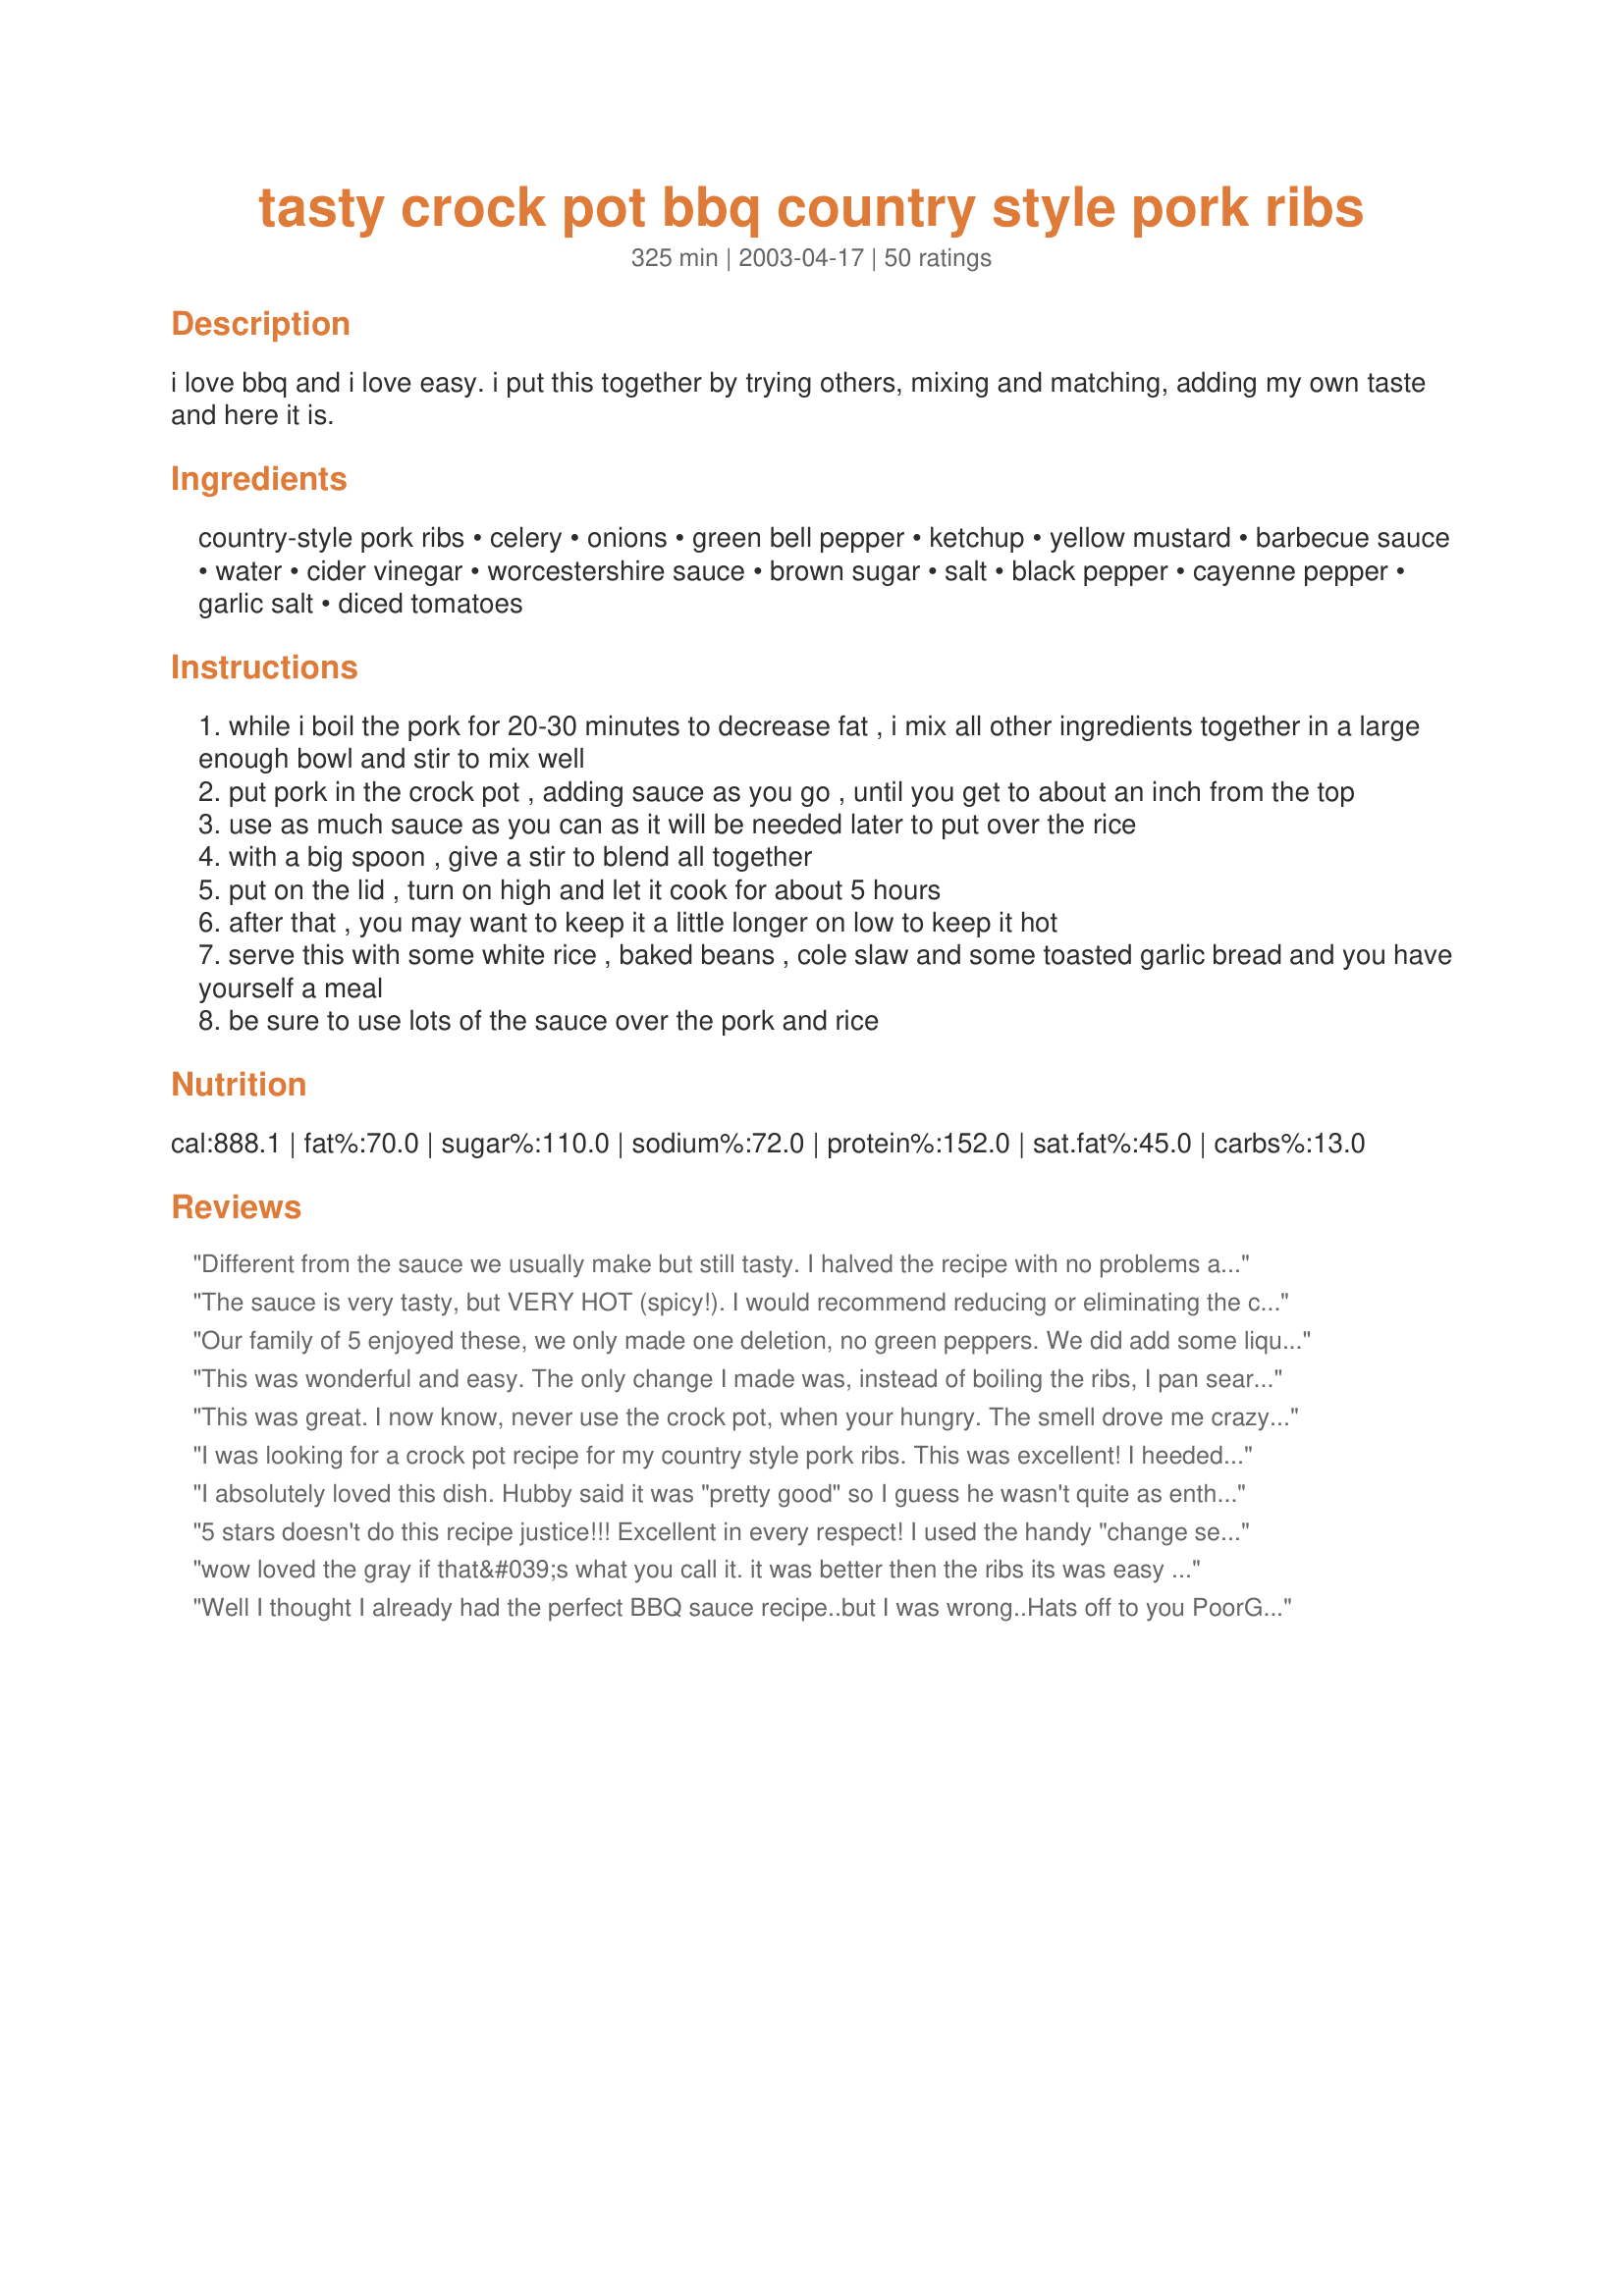
tasty crock pot bbq country style pork ribs
Preparation time: 325 minutes

i love bbq and i love easy. i put this together by trying others, mixing and matching, adding my own taste and here it is.

Ingredients:
country-style pork ribs, celery, onions, green bell pepper, ketchup, yellow mustard, barbecue sauce, water, cider vinegar, worcestershire sauce, brown sugar, salt, black pepper, cayenne pepper, garlic salt, diced tomatoes

Steps:
while i boil the pork for 20-30 minutes to decrease fat , i mix all other ingredients together in a large enough bowl and stir to mix well
put pork in the crock pot , adding sauce as you go , until you get to about an inch from the top
use as much sauce as you can as it will be needed later to put over the rice
with a big spoon , give a stir to blend all together
put on the lid , turn on high and let it cook for about 5 hours
after that , you may want to keep it a little longer on low to keep it hot
serve this with some white rice , baked beans , cole slaw and some toasted garlic bread and you have yourself a meal
be sure to use lots of the sauce over the pork and rice

Reviews:
Different from the sauce we usually make but still tasty. I halved the recipe with no problems and there was plenty of sauce for the rice. Thank you!
The sauce is very tasty, but VERY HOT (spicy!). I would recommend reducing or eliminating the cayenne pepper if you're not into HOT and SPICY.
Our family of 5 enjoyed these, we only made one deletion, no green peppers. We did add some liquid smoke to increase the bbq flavour. They liked that it wasn&#039;t too sweet, but wished it was a little thicker in the sauce so I would drain the tomatoes AND reduce the 1 cup of water to 3/4 cup. Yum!
This was wonderful and easy. The only change I made was, instead of boiling the ribs, I pan seared them. And we also finished them on the grill. Definitely will make again, maybe even later this week!
This was great. I now know, never use the crock pot, when your hungry. The smell drove me crazy for about 2 hours. I served it with rice, only because when it was done, I tasted it. Rice is required for this one.
I was looking for a crock pot recipe for my country style pork ribs. This was excellent! I heeded 2 pieces of advice from reviewers: it's HOT so if you don't like it hot, put in less cayenne and boy am I glad I did...I think it would have been inedible for our family otherwise. I used 1/4 tsp. Others commented that it was watery, so I decided to drain the liquid from my canned diced tomatoes and measure it to see how much it was (almost a 1/2 a cup), Therefore I didn't add the water as called for in the recipe and i think the thickness was perfect. Other than that I went by the recipe exactly. You definitely need something to put the extra sauce on, like baked potatoes or rice but I wanted something a little lower in carbs so I steamed a whole bunch of fresh green beans and poured it over those...mmm. I think the recipe says that 5 lbs of pork ribs feeds 4 but this definitely fed 4 men and 2 women. This recipe is easy, fairly quick, economical and tasty, that's why it gets 5 stars. It's a keeper!
I absolutely loved this dish. Hubby said it was "pretty good" so I guess he wasn't quite as enthusiastic, but I wouldn't worry about that.

I pre-cooked the pork (longer than 30 min.) until done. Then I removed all the bones and fat and broke up the big chunks into little chunks, then did the crock pot thing. I then served the resulting stew-like dish on top of toasted hamburger buns and yumm, yumm, yumm, enjoyed it a lot!

I'll certainly be making this again. I don't know if I'll try to keep the ribs whole, as it was really good with zero fat or bones involved (easy to eat and healthy.)
5 stars doesn't do this recipe justice!!! Excellent in every respect! I used the handy "change servings" feature to reduce the servings to 5 without a problem. The only other changes I made were to use apple cider vinegar and reduce the cayenne, since I added 2 small hot peppers from my garden. Sometimes the slow cooking in a crockpot reduces the flavour of a recipe. This recipe had lots of wonderful flavour and just enough heat. Thank you!
wow loved the gray if that&#039;s what you call it. it was better then the ribs its was easy to make and the whole house loved it
Well I thought I already had the perfect BBQ sauce recipe..but I was wrong..Hats off to you PoorGeorge..this was perfect..the meat was so tender and the spices are just right..served over rice andfroze the rest for pasta..Thanks again..
excellent, and the kids even ate seconds!!!
While this recipe was easy and did produce tender ribs I wouldn&#039;t call it BBQ by any stretch. There was a mild BBQ taste but frankly not enough to call it BBQ. I could rework the whole recipe to make the BBQ taste stronger but there are better recipes out there, sorry.
I just made this and I can still smell the wonderful aroma in the air! I made as instructed, but pan seared the ribs in olive oil first, omitted celery & bell pepper and added a teeny bit of liquid smoke, chili sauce and steak sauce. I cooked in my pressure cooker for almost 45 minutes and the ribs were falling apart tender! I also skimmed off the fat and thickened the sauce with a little cornstarch and it turned out awesome! Thanks so much for such a great recipe! Will be making again!
Terrific! I didn't have any celery but had celery flakes and I left out the tomatoes. I pre-boiled them as you said...excellent tip. My husband liked the touch of heat and the sweetness combined. This recipe is now a part of my regular menus. Thanks
It is delecious!!!!!!!!!!Kay
very good, tender, thanks even better the next night
The ribs were so tender they were falling apart as I took them out of the crockpot. A very good recipe that everyone loved and I probably will make it again. However- I was looking for a more heavy BBQ flavor. Next I will use less water & I might try to cook them a little less (so they stay together when I take them out of the crockpot) and then bake them with a coating of BBQ sauce for a few minutes.
I made a lower salt version of this,recipe and WOW, is it good!!! I tweaked a few things: used Heinz low salt ketchup, 3 1/2 lbs of ribs, garlic powder instead of salt, no green pepper, no brown sugar, Kentucky style bbq sauce. I cooked it on high for 6 hours after boiling the ribs for 20 minutes. ALl THE MEAT HAD FALLEN OFF THE BONES and was swimming in the sauce. Fantastic doesn't begin to describe it. Served on white rice with green beans and corn on the cob. There will be no leftovers tonight! Thanks for the recipe!
This was good but a bit watery for me. The grill is much better. Probably won't make it again.
very good ribs
This is very good. I started out looking for a recipe for the country style pork ribs because they have been on sale alot.....my family loved it so much i made it the next week but used pork chops. I really think this would be good with chicken or beef too!! Excellent
I didn't have all the ingredients, so I just used what I had and it still turned out great. I forgot the brown sugar, didn't have vinger, celery or bell peppers but it still was really good.
I have made this several times and it is a big crowd pleaser.&lt;br/&gt;One thing I did different was add 3 cans of pinto beans (drained) to the crockpot and then I served the beans as a side. I just used a slotted spoon to scoop the beans out and they have a wonderful flavor to them as well.
Bravo! Simple, recipe was easy to follow and the taste was great. Served it with cheesy rice and corn on the cob.
I left out the salt, used garlic powder instead of garlic salt, used all NSA tomato products, and made a no-salt BBQ sauce. Used brown Splenda blend for sugar. This was great. The best low-sodium Crock Pot recipe ever tried. The family loved it. I may have gone a little heavy on the vinegar but it worked. Eyes watered while cooking, nose ran while eating; the way a good BBQ should work!!! (Served it over mashed potatoes)
OK, I just have two words to say about this recipe, KEEE PER! I made this after lunch yesterday and by 5:30 had a delicious dinner waiting. Everyone loved it. I served red beans and rice and broccoli with it. Thanks, for a great crock pot recipe.
I wouldn't feel right about reviewing a recipe if I ended up changing it significantly. So Happy George, I did keep your wonderful recipe exactly as you posted..... ummmm.....except....I threw in 4 honkin' big cloves of garlic. After all, it's influenza flu season now and I felt the garlic would keep both the flu and the werewolves at bay! <br/>The barbecue sauce I used was just the good old regular Kraft. <br/>There was no ceremony involved in my preparation. I literally threw everything in the crockpot in the early morning, and let it percolate away on low for the entire day. The kitchen with filled with delightful aromas when I arrived home. <br/>Honestly, I would very highly recommend cooking it today and serving it tomorrow or later. Not only was I able to degrease it successfully when it was cold, but the flavour improved exponentially every day it sat in the fridge. In fact, the 'final act' (of left over leftovers) was scarfed down 5 days later. By then the flavour was downright spectacular! We enjoyed it all week shovelled over rice, over buttered noodles, on hamburger buns, over a rice cake for lunch, and then finally hot out of the microwave (on paper plates!) with heavily buttered bread. <br/>Thank you for sharing your truly delicious recipe.
Wow it was easy and the family loved it. This is a keeper.
These were so good. I added liquid smoke too . Will make again
This was very good! The only thing I didn't like as much was the mustard. Next time I will replace it with additional BBQ sauce. Other than that, great recipe. Thank you for sharing.
What a wonderful flavor!!! The sauce is so good that I serve this over brown rice, and everyone loves it. Thanks!!
Excellent Flavor. I cut the recipe back to 2 servings. Added a tin of sliced mushrooms using the liquid instead of the water. I made lots of sauce so I can use this over pasta. Cooked on low 7 hours - meat was fall off the bone lucious Thanks Poor George for a tasty dinner
Well poor George, I tried your recipe tonite as i had a slab of ribs. Wonderful B'cue ribs with lotsa sauce, didnt have brown sugar so used 1/4 cup maple syrup..Great Man food..Thanks
Yum! The meat fell apart. I like that. The sauce was delicious on rice. Simple to make. I used less cayenne. I'll be sharing this recipe.
DH said this is a solid 5 or more!! The sauce is delicious and the left over will be frozen and used over pasta, a real bonus!
I use Kansas city smoky bbq sauce and added 1 chopped jalepeno. We will be making this one again, such wonderful taste and fall off the bone tender meat. Thanks for sharing a real keeper!!
This dish is outstanding. If you are looking for a standard bbq ribs recipe then this probably isn't it. I couldn't pick up a rib bone and eat the meat because it was just too soft and tender. The meat cooked right off of the bone. My family isn't so big on the rice so we put it over some egg noodles. I made this when we were camping and everyone raved about how good it was. The meat was great and the sauce was nice and spicy. I will definitely make this again and I am sure several of the people on the camping trip will be asking for this recipe as well.
This is a delicious tasting and smelling recipe. It's become a family favorite. Thanks!!
Very Good, a little spicy.
Very tasty....it really needed no adjustment for my family. They loved it and we had left overs for the next day.
This recipe was easy to assemble. The meat was so tender and the sauce was delicious. I didn't have yellow mustard, so I used horseradish mustard instead. It was great over steamed rice. It was even better the next day!
Have made several times! Thanks. I'm actually making it today.
Wow! Fabulous flavor. Will definitely make this again. Per another review, I also added a can of pinto beans, and a can of white beans.
These are absolutely, outrageously delicious. The familiar ingredients, while many and varied, never vie for attention by trying to overpower each other; rather, they compliment one another...creating this wonderful recipe in perfect harmony!
What a mouth-watering delight. Thank you so much, George.
This was a great meal. Ribs were very tender and the extra sauce mixed in with some rice was very good. We will definitely make this one again.
I used the ingredients listed, followed directions, and it was delicious - tangy but not too sweet.Served with couscous and everyone loved it. This is the recipe I've been looking for.
What a lovely recipe. I updated it so there would be enough sauce to go along with the 7.5 lbs of ribs I had &amp; it juuuust fit in my slow cooker. I did have a few that came out tough but that may have been because I had to finish thawing in the microwave which cooked a few ends. I cooked on high for 5 hours &amp; on low for another 2. We had the ribs straight the first night (extra sauce was great over mashed potatoes) &amp; then a few nights later shredded for barbecue sandwiches. I thought the cayenne would be too much at first but the heat was minimal. Also, if you like your sauce smoother you can take out the ribs &amp; put the sauce through your blender and add a bit of cornstarch to thicken it up.
Really good! Not so much BBQ, but very delicious nonetheless. I made only half of the recipe, using 2 pounds boneless pork ribs, and left out the cayenne. Served it over rice with coleslaw on the side. The meat was so tender and tasty.
Very very good! 2 thumbs up for it!
I served this over spaghetti squash and it was delicious. I had a friend over for dinner and she went home with some leftovers. I used Sweet Baby Ray's Hickory & Brown Sugar BBQ sauce.
Made this for my husband (self-appointed ribs expert) &amp; he loved it! Great, easy recipe &amp; very tasty. I cut out all the veggies &amp; cayenne, so you end up with more traditional tasting ribs and less of a stew &amp; it was perfect, thanks for sharing!
